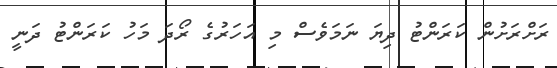
ރަށްރަށުން ކަރަންޓު ދިޔަ ނަމަވެސް މި އަހަރުގެ ރޯދަ މަހު ކަރަންޓު ދަނީ